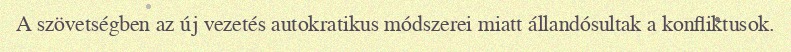
A szövetségben az új vezetés autokratikus módszerei miatt állandósultak a konfliktusok.